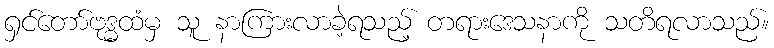
ရှင်တော်ဗုဒ္ဓထံမှ သူ နာကြားလာခဲ့ရသည့် တရားဒေသနာကို သတိရလာသည်။